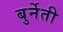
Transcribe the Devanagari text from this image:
बुर्नेती